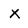
Character: X